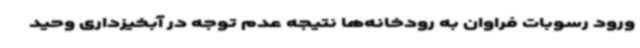
ورود رسوبات فراوان به رودخانه‌ها نتیجه عدم توجه در آبخیزداری وحید